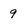
Character: 9